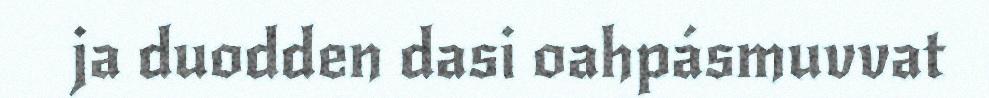
ja duodden dasi oahpásmuvvat